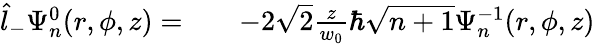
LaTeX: \begin{array}{rlr}{\hat{l}_{-}\Psi_{n}^{0}(r,\phi,z)=}&{{}}&{-2\sqrt{2}\frac{z}{w_{0}}\hbar\sqrt{n+1}\Psi_{n}^{-1}(r,\phi,z)}\end{array}